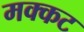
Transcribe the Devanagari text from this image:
मक्कट